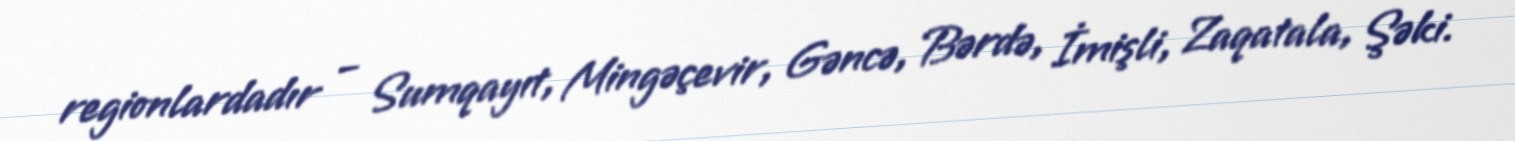
regionlardadır – Sumqayıt, Mingəçevir, Gəncə, Bərdə, İmişli, Zaqatala, Şəki.